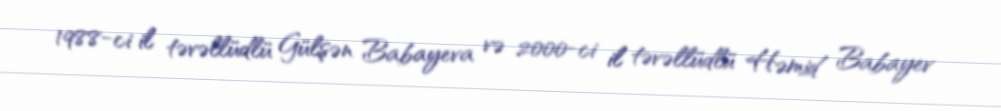
1988-ci il təvəllüdlü Gülşən Babayeva və 2000-ci il təvəllüdlü Həmid Babayev